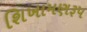
શિખામણરૂપ